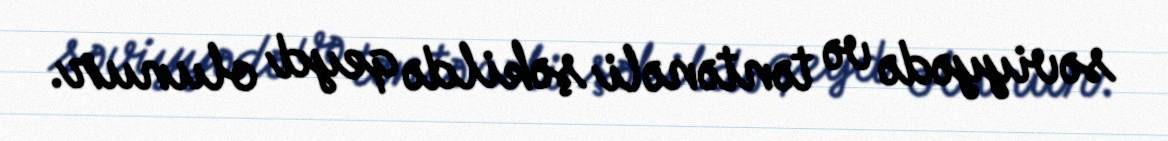
səviyyədə və təntənəli şəkildə qeyd olunur.